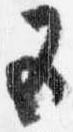
五